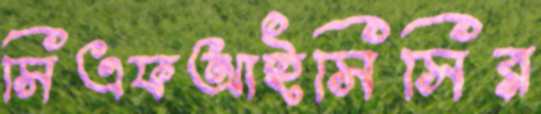
সিএফআইসিসির